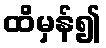
ထိမှန်၍